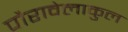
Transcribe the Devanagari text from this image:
पौरावेलाकुल